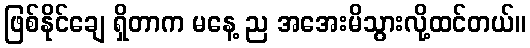
ဖြစ်နိုင်ချေ ရှိတာက မနေ့ ည အအေးမိသွားလို့ထင်တယ်။